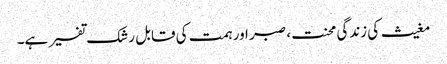
مغیث کی زندگی محنت، صبر اور ہمت کی قابل رشک تفسیر ہے۔